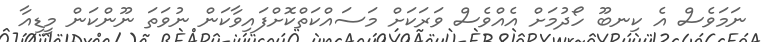
ނަމަވެސް އެ ކިނބޫ ހޯދުމަށް އެއްވެސް ވަރަކަށް މަސައްކަތްކޮށްފައިވާކަން ނުވަތަ ނޫންކަން މީޑިއާ